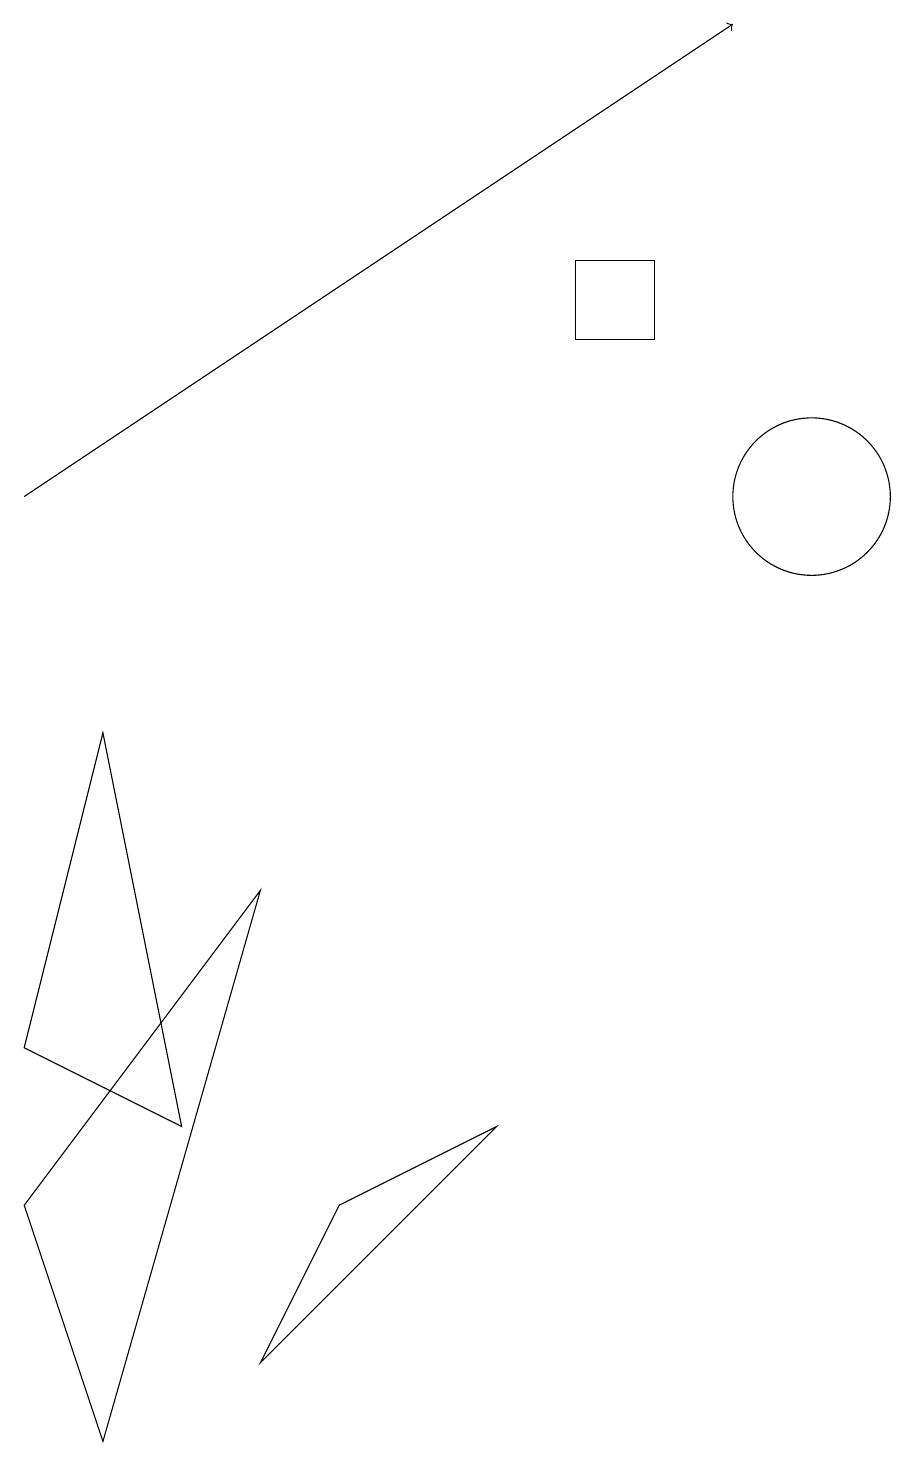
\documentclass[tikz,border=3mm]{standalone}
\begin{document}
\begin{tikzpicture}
\draw (3,7) -- (1,0) -- (0,3) -- cycle;
\draw (10,12) circle (1);
\draw (6,4) -- (4,3) -- (3,1) -- cycle;
\draw[->] (0,12) -- (9,18);
\draw (1,9) -- (0,5) -- (2,4) -- cycle;
\draw (8,15) rectangle (7,14);
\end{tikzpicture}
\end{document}